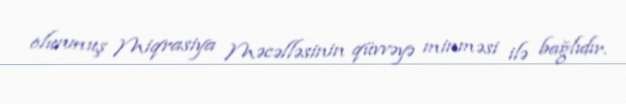
olunmuş Miqrasiya Məcəlləsinin qüvvəyə minməsi ilə bağlıdır.